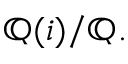
\mathbb { Q } ( i ) / \mathbb { Q } .